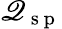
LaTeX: \mathscr{Q}_{\mathrm{{~s~p~}}}